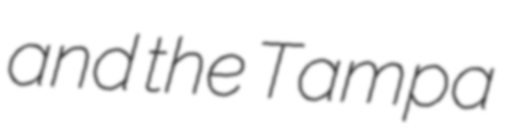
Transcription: and the Tampa